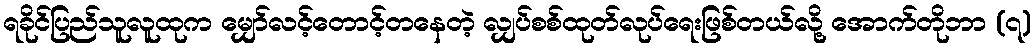
ရခိုင်ပြည်သူလူထုက မျှော်လင့်တောင့်တနေတဲ့ လျှပ်စစ်ထုတ်လုပ်ရေးဖြစ်တယ်လို့ အောက်တိုဘာ (၇)